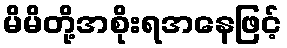
မိမိတို့အစိုးရအနေဖြင့်